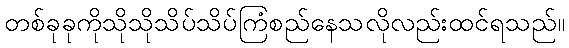
တစ်ခုခုကိုသိုသိုသိပ်သိပ်ကြံစည်နေသလိုလည်းထင်ရသည်။